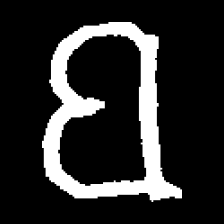
Pyu character \u2014 Myanmar letter: ဗ (romanized: ba)